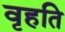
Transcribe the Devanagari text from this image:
वृहति